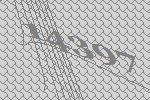
14397